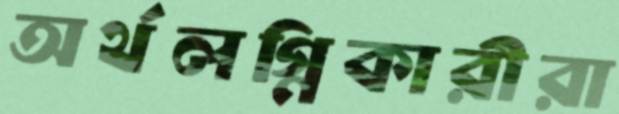
অর্থলগ্নিকারীরা